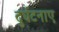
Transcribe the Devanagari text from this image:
दुर्घटनाए